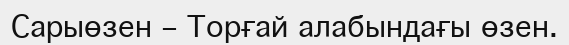
Сарыөзен – Торғай алабындағы өзен.